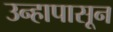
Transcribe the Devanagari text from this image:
उन्हापासून